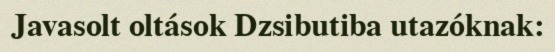
Javasolt oltások Dzsibutiba utazóknak: